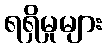
ရရှိမှုများ